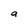
Character: a